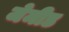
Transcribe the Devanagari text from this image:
जेमीड